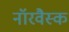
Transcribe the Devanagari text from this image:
नॉरवैस्क